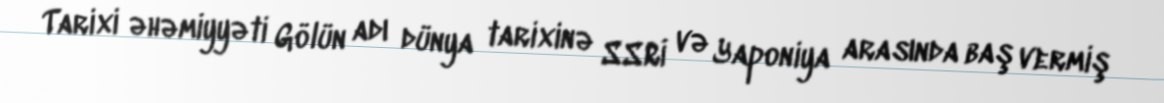
Tarixi əhəmiyyəti Gölün adı dünya tarixinə SSRİ və Yaponiya arasında baş vermiş